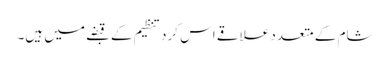
شام کے متعدد علاقے اس کرد تنظیم کے قبضے میں ہیں۔